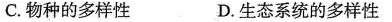
C.物种的多样性 D.生态系统的多样性